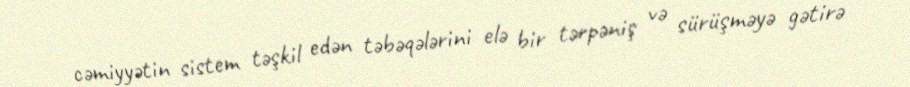
cəmiyyətin sistem təşkil edən təbəqələrini elə bir tərpəniş və sürüşməyə gətirə